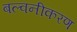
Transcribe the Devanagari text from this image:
बल्वनीकरण